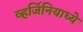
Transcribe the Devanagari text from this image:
व्हर्जिनियाध्ये